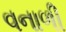
વનાળી